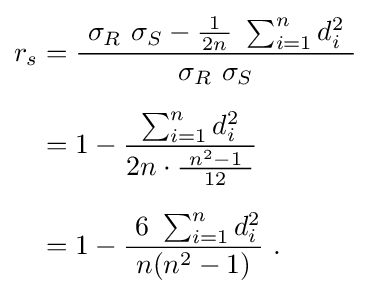
{\begin{aligned}r_{s}&={\frac {\ \sigma _{R}\ \sigma _{S}-{\frac {\ 1\ }{2n}}\ \sum _{i=1}^{n}d_{i}^{2}\ }{\sigma _{R}\ \sigma _{S}}}\\[6pt]&=1-{\frac {\ \sum _{i=1}^{n}d_{i}^{2}\ }{2n\cdot {\frac {\ n^{2}-1\ }{12}}}}\\[6pt]&=1-{\frac {\ 6\ \sum _{i=1}^{n}d_{i}^{2}}{\ n(n^{2}-1)\ }}~.\end{aligned}}